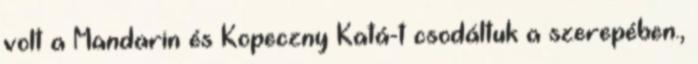
volt a Mandarin és Kopeczny Katá-t csodáltuk a szerepében.,